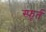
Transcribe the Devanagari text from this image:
स्फ़ूर्त